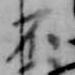
不